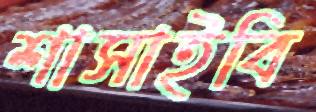
শাসাইবি